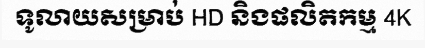
ទូលាយសម្រាប់ HD និងផលិតកម្ម 4K